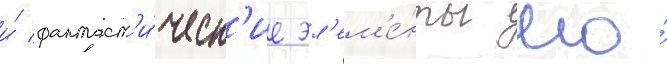
и́ фантаст'и́ческ'ие эл'ем'е́нты его́